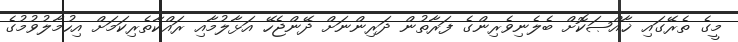
މީގެ ތެރޭގައި ޚާއްޞަކޮށް ބެލެނިވެރިންގެ ފަރާތުން ދަރިންނަށް ދޭންޖެހޭ އަޅާލުމާއި ރައްކާތެރިކަމަށް އިހުމާލުވުމުގެ